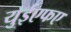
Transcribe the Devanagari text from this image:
युईएफए